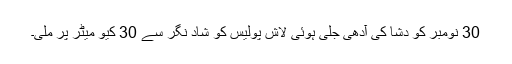
30 نومبر کو دشا کی آدھی جلی ہوئی لاش پولیس کو شاد نگر سے 30 کیو میٹر پر ملی۔